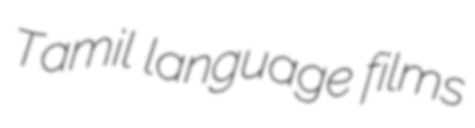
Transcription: Tamil language films